Report on the working of the Ranchi Indian Mental Hospital, Kanke, in Bihar and Orissa - 1930-1940
Year: 1930
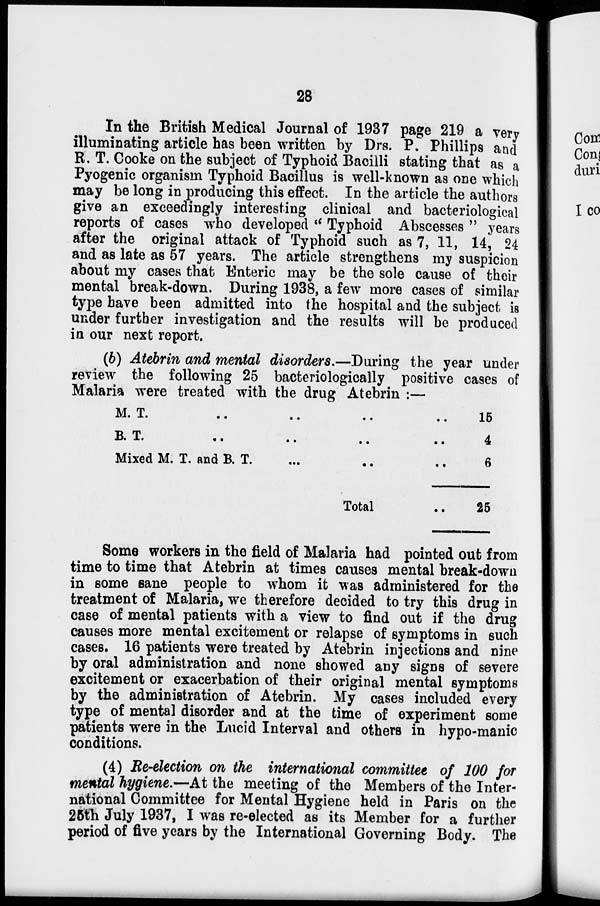
28
In the British Medical Journal of 1937 page 219 a very
illuminating article has been written by Drs. P. Phillips and
R. T. Cooke on the subject of Typhoid Bacilli stating that as a
Pyogenic organism Typhoid Bacillus is well-known as one which
may be long in producing this effect. In the article the authors
give an exceedingly interesting clinical and bacteriological
reports of cases who developed " Typhoid Abscesses " years
after the original attack of Typhoid such as 7, 11, 14, 24
and as late as 57 years. The article strengthens my suspicion
about my cases that Enteric may be the sole cause of their
mental break-down. During 1938, a few more cases of similar
type have been admitted into the hospital and the subject is
under further investigation and the results will be produced
in our next report.
(b) Atebrin and mental disorders.—During the year under
review the following 25 bacteriologically positive cases of
Malaria were treated with the drug Atebrin :—
M. T. ..
..
..
..
B. T. ..
..
..
..
Mixed M. T. and B. T. ... .. ..
Total ..
15
4
6
25
Some workers in the field of Malaria had pointed out from
time to time that Atebrin at times causes mental break-down
in some sane people to whom it was administered for the
treatment of Malaria, we therefore decided to try this drug in
case of mental patients with a view to find out if the drug
causes more mental excitement or relapse of symptoms in such
cases. 16 patients were treated by Atebrin injections and nine
by oral administration and none showed any signs of severe
excitement or exacerbation of their original mental symptoms
by the administration of Atebrin. My cases included every
type of mental disorder and at the time of experiment some
patients were in the Lucid Interval and others in hypo-manic
conditions.
(4) Re-election on the international committee of 100 for
mental hygiene.—At the meeting of the Members of the Inter-
national Committee for Mental Hygiene held in Paris on the
25th July 1937, I was re-elected as its Member for a further
period of five years by the International Governing Body. The